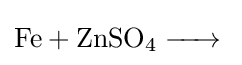
{\ce {Fe + ZnSO4 ->}}